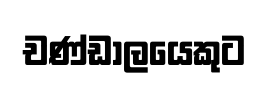
චණ්ඩාලයෙකුට